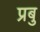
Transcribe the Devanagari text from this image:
प्रबु